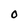
Character: 0